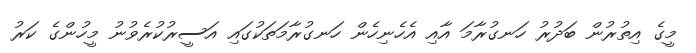
މީގެ އިތުރުން ބަދުރު ހަނގުރާމަ އާއި އެހެނިހެން ހަނގުރާމަތަކުގައި އަސީރުކުރެވުނު މީހުންގެ ކަރު